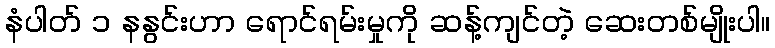
နံပါတ် ၁ နနွင်းဟာ ရောင်ရမ်းမှုကို ဆန့်ကျင်တဲ့ ဆေးတစ်မျိုးပါ။